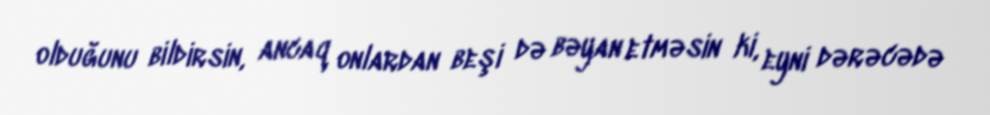
olduğunu bildirsin, ancaq onlardan beşi də bəyan etməsin ki, eyni dərəcədə